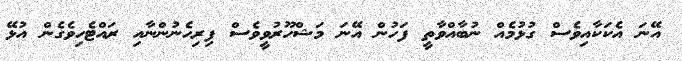
އޭނަ އެކަކާއިވެސް ގުޅުމެއް ނުބާއްވާތީ ފަހުން އޭނަ މަޝްހޫރުވީވެސް ފިރިހެނުންނާއި ރައްޓެހިވެގެން އުޅޭ